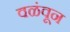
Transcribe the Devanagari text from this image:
वळंवून